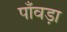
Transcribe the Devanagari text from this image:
पाँवड़ा